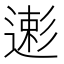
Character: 𱝥